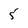
Character: 5